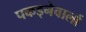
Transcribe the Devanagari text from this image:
पकड्नेवालों